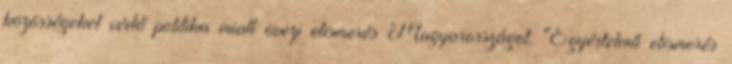
közösségeket védő politika miatt övezi elismerés Magyarországot. "Egyértelmű elismerés